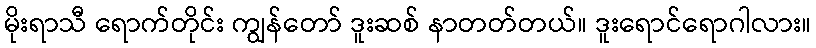
မိုးရာသီ ရောက်တိုင်း ကျွန်တော် ဒူးဆစ် နာတတ်တယ်။ ဒူးရောင်ရောဂါလား။